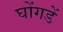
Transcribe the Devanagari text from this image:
घोंगडें